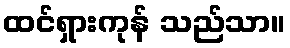
ထင်ရှားကုန် သည်သာ။